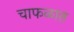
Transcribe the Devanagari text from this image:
चाफळात